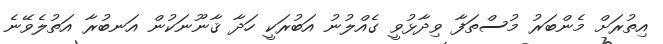
އިތުރަށް މެންބަރު މުސްތަފާ ވިދާޅުވީ ގެއްލުނު އަބުރަކީ ހަދާ ޤާނޫނަކުން އަނބުރާ އަތުލެވޭނެ